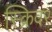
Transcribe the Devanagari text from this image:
स्क्रिवर